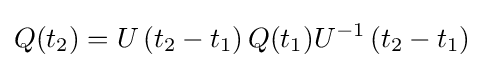
Q(t_{2})=U\left(t_{2}-t_{1}\right)Q(t_{1})U^{-1}\left(t_{2}-t_{1}\right)